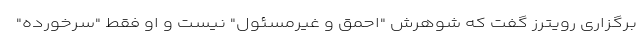
برگزاری رویترز گفت که شوهرش "احمق و غیرمسئول" نیست و او فقط "سرخورده"